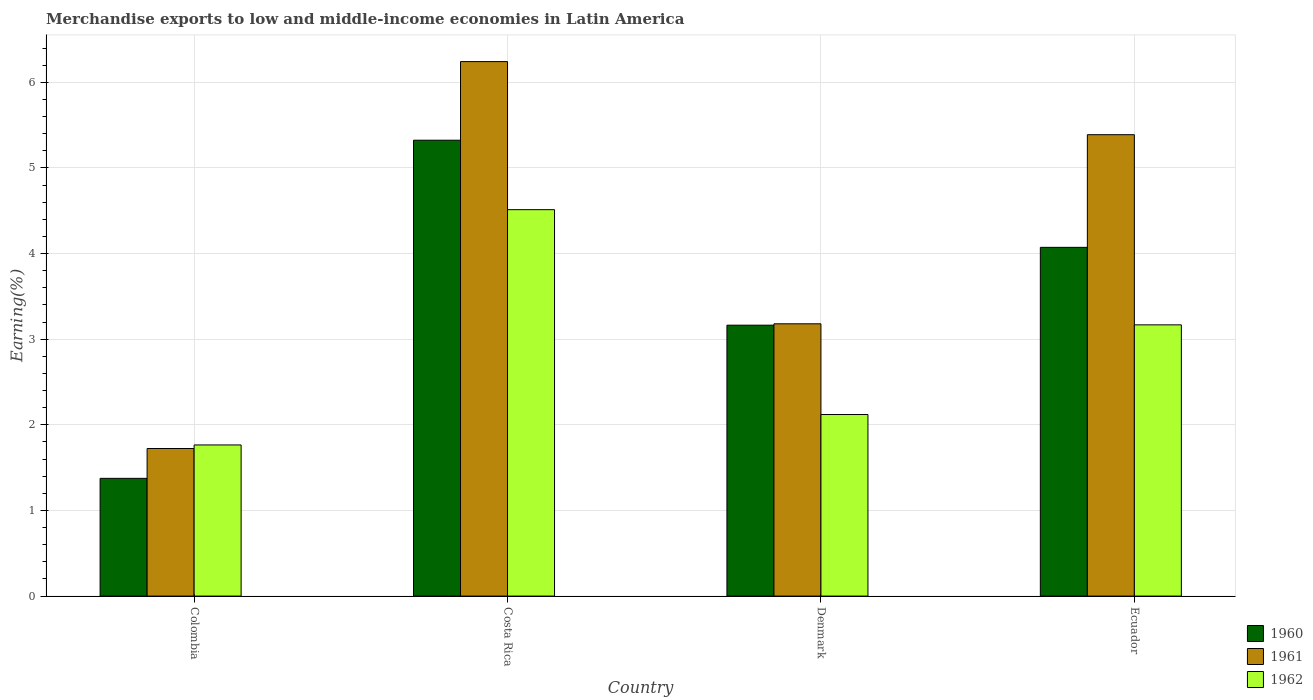
| Country | 1960 | 1961 | 1962 |
 | --- | --- | --- | --- |
 | Colombia | 1.38 | 1.72 | 1.77 |
 | Costa Rica | 5.32 | 6.24 | 4.51 |
 | Denmark | 3.16 | 3.18 | 2.12 |
 | Ecuador | 4.07 | 5.39 | 3.17 |